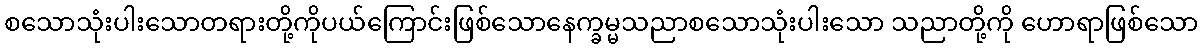
စသောသုံးပါးသောတရားတို့ကိုပယ်ကြောင်းဖြစ်သောနေက္ခမ္မသညာစသောသုံးပါးသော သညာတို့ကို ဟောရာဖြစ်သော